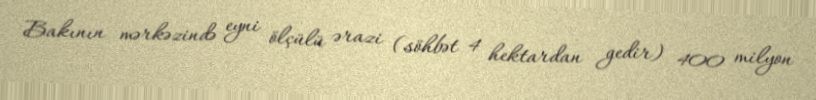
Bakının mərkəzində eyni ölçülü ərazi (söhbət 4 hektardan gedir) 400 milyon